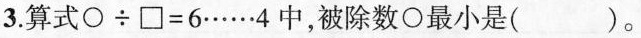
3.算式$$\circ \div \Box = 6 …… 4$$中，被除数\circ最小是( )。